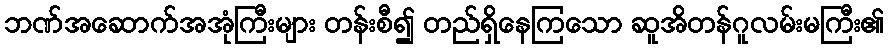
ဘဏ်အဆောက်အအုံကြီးများ တန်းစီ၍ တည်ရှိနေကြသော ဆူအိတန်ဂူလမ်းမကြီး၏